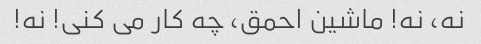
نه، نه! ماشین احمق، چه کار می کنی! نه!